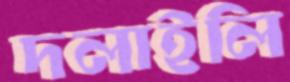
দলাইলি